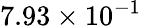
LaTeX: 7.93\times 10^{-1}